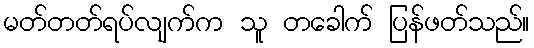
မတ်တတ်ရပ်လျက်က သူ တခေါက် ပြန်ဖတ်သည်။